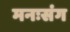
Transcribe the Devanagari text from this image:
मनःसंग